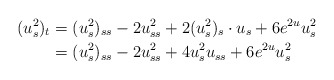
\begin{align*} (u_s^2)_t & =(u_{s}^2)_{ss} -2u_{ss}^2 +2(u_s^2)_s\cdot u_s +6e^{2u}u_s^2 \\ &=(u_{s}^2)_{ss} -2u_{ss}^2 +4 u_s^2u_{ss} +6e^{2u}u_s^2 \end{align*}